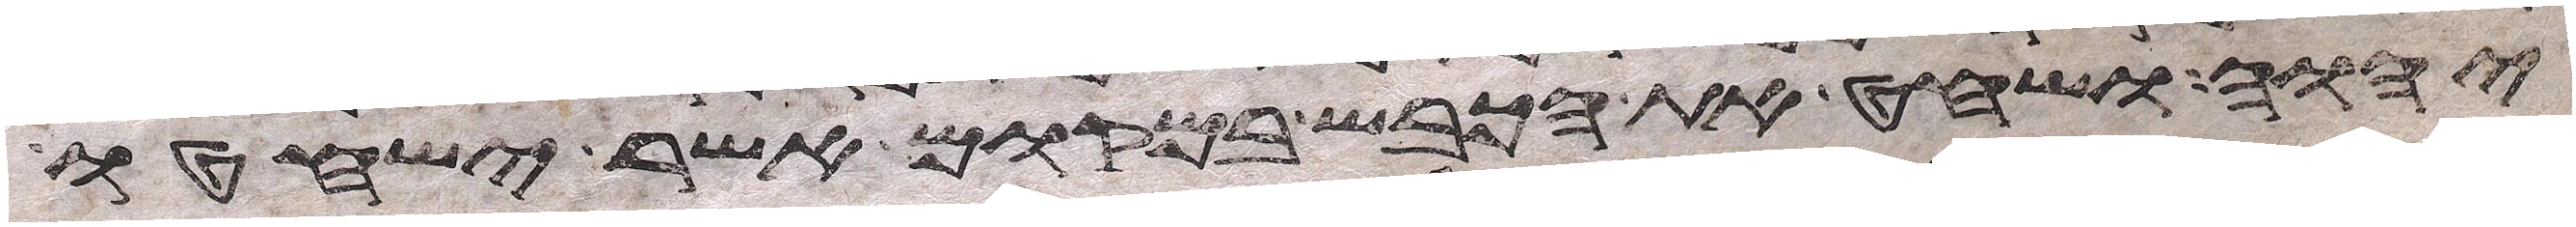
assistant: יהוה ושחט את הכבש במקום אשר ישחטו